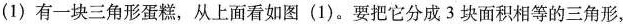
(1)有一块三角形蛋糕，从上面看如图(1)。要把它分成3块面积相等的三角形，